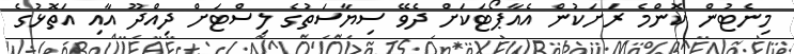
މިނެޓުން ކޮންމެ ރަށަކުން އެއާޕޯޓަކަށް ދެވޭ ސިޔާސަތުގެ ލިސްޓަށް ދިއްދޫ އާއި އަތޮޅުގެ